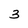
Character: 3